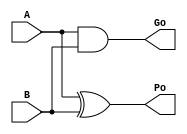
/*----------------------------------------------------------------------------
  Copyright (c) 2004 Aoki laboratory. All rights reserved.

  Top module: han_carlson_32b

  Operand-1 length: 32
  Operand-2 length: 32
  Two-operand addition algorithm: Han-Carlson adder
----------------------------------------------------------------------------*/
// Modifief by: Amir Yazdanbakhsh
`timescale 1ns/1ps
module GPGenerator(Go, Po, A, B);
  output Go;
  output Po;
  input A;
  input B;
  assign Go = A & B;
  assign Po = A ^ B;
endmodule

module CarryOperator(Go, Po, Gi1, Pi1, Gi2, Pi2);
  output Go;
  output Po;
  input Gi1;
  input Gi2;
  input Pi1;
  input Pi2;
  assign Go = Gi1 | ( Gi2 & Pi1 );
  assign Po = Pi1 & Pi2;
endmodule

module UBPriHCA_31_0(S, X, Y, Cin);
  output [32:0] S;
  input Cin;
  input [31:0] X;
  input [31:0] Y;
  wire [31:0] G0;
  wire [31:0] G1;
  wire [31:0] G2;
  wire [31:0] G3;
  wire [31:0] G4;
  wire [31:0] G5;
  wire [31:0] G6;
  wire [31:0] P0;
  wire [31:0] P1;
  wire [31:0] P2;
  wire [31:0] P3;
  wire [31:0] P4;
  wire [31:0] P5;
  wire [31:0] P6;
  assign P1[0] = P0[0];
  assign G1[0] = G0[0];
  assign P1[2] = P0[2];
  assign G1[2] = G0[2];
  assign P1[4] = P0[4];
  assign G1[4] = G0[4];
  assign P1[6] = P0[6];
  assign G1[6] = G0[6];
  assign P1[8] = P0[8];
  assign G1[8] = G0[8];
  assign P1[10] = P0[10];
  assign G1[10] = G0[10];
  assign P1[12] = P0[12];
  assign G1[12] = G0[12];
  assign P1[14] = P0[14];
  assign G1[14] = G0[14];
  assign P1[16] = P0[16];
  assign G1[16] = G0[16];
  assign P1[18] = P0[18];
  assign G1[18] = G0[18];
  assign P1[20] = P0[20];
  assign G1[20] = G0[20];
  assign P1[22] = P0[22];
  assign G1[22] = G0[22];
  assign P1[24] = P0[24];
  assign G1[24] = G0[24];
  assign P1[26] = P0[26];
  assign G1[26] = G0[26];
  assign P1[28] = P0[28];
  assign G1[28] = G0[28];
  assign P1[30] = P0[30];
  assign G1[30] = G0[30];
  assign P2[0] = P1[0];
  assign G2[0] = G1[0];
  assign P2[1] = P1[1];
  assign G2[1] = G1[1];
  assign P2[2] = P1[2];
  assign G2[2] = G1[2];
  assign P2[4] = P1[4];
  assign G2[4] = G1[4];
  assign P2[6] = P1[6];
  assign G2[6] = G1[6];
  assign P2[8] = P1[8];
  assign G2[8] = G1[8];
  assign P2[10] = P1[10];
  assign G2[10] = G1[10];
  assign P2[12] = P1[12];
  assign G2[12] = G1[12];
  assign P2[14] = P1[14];
  assign G2[14] = G1[14];
  assign P2[16] = P1[16];
  assign G2[16] = G1[16];
  assign P2[18] = P1[18];
  assign G2[18] = G1[18];
  assign P2[20] = P1[20];
  assign G2[20] = G1[20];
  assign P2[22] = P1[22];
  assign G2[22] = G1[22];
  assign P2[24] = P1[24];
  assign G2[24] = G1[24];
  assign P2[26] = P1[26];
  assign G2[26] = G1[26];
  assign P2[28] = P1[28];
  assign G2[28] = G1[28];
  assign P2[30] = P1[30];
  assign G2[30] = G1[30];
  assign P3[0] = P2[0];
  assign G3[0] = G2[0];
  assign P3[1] = P2[1];
  assign G3[1] = G2[1];
  assign P3[2] = P2[2];
  assign G3[2] = G2[2];
  assign P3[3] = P2[3];
  assign G3[3] = G2[3];
  assign P3[4] = P2[4];
  assign G3[4] = G2[4];
  assign P3[6] = P2[6];
  assign G3[6] = G2[6];
  assign P3[8] = P2[8];
  assign G3[8] = G2[8];
  assign P3[10] = P2[10];
  assign G3[10] = G2[10];
  assign P3[12] = P2[12];
  assign G3[12] = G2[12];
  assign P3[14] = P2[14];
  assign G3[14] = G2[14];
  assign P3[16] = P2[16];
  assign G3[16] = G2[16];
  assign P3[18] = P2[18];
  assign G3[18] = G2[18];
  assign P3[20] = P2[20];
  assign G3[20] = G2[20];
  assign P3[22] = P2[22];
  assign G3[22] = G2[22];
  assign P3[24] = P2[24];
  assign G3[24] = G2[24];
  assign P3[26] = P2[26];
  assign G3[26] = G2[26];
  assign P3[28] = P2[28];
  assign G3[28] = G2[28];
  assign P3[30] = P2[30];
  assign G3[30] = G2[30];
  assign P4[0] = P3[0];
  assign G4[0] = G3[0];
  assign P4[1] = P3[1];
  assign G4[1] = G3[1];
  assign P4[2] = P3[2];
  assign G4[2] = G3[2];
  assign P4[3] = P3[3];
  assign G4[3] = G3[3];
  assign P4[4] = P3[4];
  assign G4[4] = G3[4];
  assign P4[5] = P3[5];
  assign G4[5] = G3[5];
  assign P4[6] = P3[6];
  assign G4[6] = G3[6];
  assign P4[7] = P3[7];
  assign G4[7] = G3[7];
  assign P4[8] = P3[8];
  assign G4[8] = G3[8];
  assign P4[10] = P3[10];
  assign G4[10] = G3[10];
  assign P4[12] = P3[12];
  assign G4[12] = G3[12];
  assign P4[14] = P3[14];
  assign G4[14] = G3[14];
  assign P4[16] = P3[16];
  assign G4[16] = G3[16];
  assign P4[18] = P3[18];
  assign G4[18] = G3[18];
  assign P4[20] = P3[20];
  assign G4[20] = G3[20];
  assign P4[22] = P3[22];
  assign G4[22] = G3[22];
  assign P4[24] = P3[24];
  assign G4[24] = G3[24];
  assign P4[26] = P3[26];
  assign G4[26] = G3[26];
  assign P4[28] = P3[28];
  assign G4[28] = G3[28];
  assign P4[30] = P3[30];
  assign G4[30] = G3[30];
  assign P5[0] = P4[0];
  assign G5[0] = G4[0];
  assign P5[1] = P4[1];
  assign G5[1] = G4[1];
  assign P5[2] = P4[2];
  assign G5[2] = G4[2];
  assign P5[3] = P4[3];
  assign G5[3] = G4[3];
  assign P5[4] = P4[4];
  assign G5[4] = G4[4];
  assign P5[5] = P4[5];
  assign G5[5] = G4[5];
  assign P5[6] = P4[6];
  assign G5[6] = G4[6];
  assign P5[7] = P4[7];
  assign G5[7] = G4[7];
  assign P5[8] = P4[8];
  assign G5[8] = G4[8];
  assign P5[9] = P4[9];
  assign G5[9] = G4[9];
  assign P5[10] = P4[10];
  assign G5[10] = G4[10];
  assign P5[11] = P4[11];
  assign G5[11] = G4[11];
  assign P5[12] = P4[12];
  assign G5[12] = G4[12];
  assign P5[13] = P4[13];
  assign G5[13] = G4[13];
  assign P5[14] = P4[14];
  assign G5[14] = G4[14];
  assign P5[15] = P4[15];
  assign G5[15] = G4[15];
  assign P5[16] = P4[16];
  assign G5[16] = G4[16];
  assign P5[18] = P4[18];
  assign G5[18] = G4[18];
  assign P5[20] = P4[20];
  assign G5[20] = G4[20];
  assign P5[22] = P4[22];
  assign G5[22] = G4[22];
  assign P5[24] = P4[24];
  assign G5[24] = G4[24];
  assign P5[26] = P4[26];
  assign G5[26] = G4[26];
  assign P5[28] = P4[28];
  assign G5[28] = G4[28];
  assign P5[30] = P4[30];
  assign G5[30] = G4[30];
  assign P6[0] = P5[0];
  assign G6[0] = G5[0];
  assign P6[1] = P5[1];
  assign G6[1] = G5[1];
  assign P6[3] = P5[3];
  assign G6[3] = G5[3];
  assign P6[5] = P5[5];
  assign G6[5] = G5[5];
  assign P6[7] = P5[7];
  assign G6[7] = G5[7];
  assign P6[9] = P5[9];
  assign G6[9] = G5[9];
  assign P6[11] = P5[11];
  assign G6[11] = G5[11];
  assign P6[13] = P5[13];
  assign G6[13] = G5[13];
  assign P6[15] = P5[15];
  assign G6[15] = G5[15];
  assign P6[17] = P5[17];
  assign G6[17] = G5[17];
  assign P6[19] = P5[19];
  assign G6[19] = G5[19];
  assign P6[21] = P5[21];
  assign G6[21] = G5[21];
  assign P6[23] = P5[23];
  assign G6[23] = G5[23];
  assign P6[25] = P5[25];
  assign G6[25] = G5[25];
  assign P6[27] = P5[27];
  assign G6[27] = G5[27];
  assign P6[29] = P5[29];
  assign G6[29] = G5[29];
  assign P6[31] = P5[31];
  assign G6[31] = G5[31];
  assign S[0] = Cin ^ P0[0];
  assign S[1] = ( G6[0] | ( P6[0] & Cin ) ) ^ P0[1];
  assign S[2] = ( G6[1] | ( P6[1] & Cin ) ) ^ P0[2];
  assign S[3] = ( G6[2] | ( P6[2] & Cin ) ) ^ P0[3];
  assign S[4] = ( G6[3] | ( P6[3] & Cin ) ) ^ P0[4];
  assign S[5] = ( G6[4] | ( P6[4] & Cin ) ) ^ P0[5];
  assign S[6] = ( G6[5] | ( P6[5] & Cin ) ) ^ P0[6];
  assign S[7] = ( G6[6] | ( P6[6] & Cin ) ) ^ P0[7];
  assign S[8] = ( G6[7] | ( P6[7] & Cin ) ) ^ P0[8];
  assign S[9] = ( G6[8] | ( P6[8] & Cin ) ) ^ P0[9];
  assign S[10] = ( G6[9] | ( P6[9] & Cin ) ) ^ P0[10];
  assign S[11] = ( G6[10] | ( P6[10] & Cin ) ) ^ P0[11];
  assign S[12] = ( G6[11] | ( P6[11] & Cin ) ) ^ P0[12];
  assign S[13] = ( G6[12] | ( P6[12] & Cin ) ) ^ P0[13];
  assign S[14] = ( G6[13] | ( P6[13] & Cin ) ) ^ P0[14];
  assign S[15] = ( G6[14] | ( P6[14] & Cin ) ) ^ P0[15];
  assign S[16] = ( G6[15] | ( P6[15] & Cin ) ) ^ P0[16];
  assign S[17] = ( G6[16] | ( P6[16] & Cin ) ) ^ P0[17];
  assign S[18] = ( G6[17] | ( P6[17] & Cin ) ) ^ P0[18];
  assign S[19] = ( G6[18] | ( P6[18] & Cin ) ) ^ P0[19];
  assign S[20] = ( G6[19] | ( P6[19] & Cin ) ) ^ P0[20];
  assign S[21] = ( G6[20] | ( P6[20] & Cin ) ) ^ P0[21];
  assign S[22] = ( G6[21] | ( P6[21] & Cin ) ) ^ P0[22];
  assign S[23] = ( G6[22] | ( P6[22] & Cin ) ) ^ P0[23];
  assign S[24] = ( G6[23] | ( P6[23] & Cin ) ) ^ P0[24];
  assign S[25] = ( G6[24] | ( P6[24] & Cin ) ) ^ P0[25];
  assign S[26] = ( G6[25] | ( P6[25] & Cin ) ) ^ P0[26];
  assign S[27] = ( G6[26] | ( P6[26] & Cin ) ) ^ P0[27];
  assign S[28] = ( G6[27] | ( P6[27] & Cin ) ) ^ P0[28];
  assign S[29] = ( G6[28] | ( P6[28] & Cin ) ) ^ P0[29];
  assign S[30] = ( G6[29] | ( P6[29] & Cin ) ) ^ P0[30];
  assign S[31] = ( G6[30] | ( P6[30] & Cin ) ) ^ P0[31];
  assign S[32] = G6[31] | ( P6[31] & Cin );
  GPGenerator U0 (G0[0], P0[0], X[0], Y[0]);
  GPGenerator U1 (G0[1], P0[1], X[1], Y[1]);
  GPGenerator U2 (G0[2], P0[2], X[2], Y[2]);
  GPGenerator U3 (G0[3], P0[3], X[3], Y[3]);
  GPGenerator U4 (G0[4], P0[4], X[4], Y[4]);
  GPGenerator U5 (G0[5], P0[5], X[5], Y[5]);
  GPGenerator U6 (G0[6], P0[6], X[6], Y[6]);
  GPGenerator U7 (G0[7], P0[7], X[7], Y[7]);
  GPGenerator U8 (G0[8], P0[8], X[8], Y[8]);
  GPGenerator U9 (G0[9], P0[9], X[9], Y[9]);
  GPGenerator U10 (G0[10], P0[10], X[10], Y[10]);
  GPGenerator U11 (G0[11], P0[11], X[11], Y[11]);
  GPGenerator U12 (G0[12], P0[12], X[12], Y[12]);
  GPGenerator U13 (G0[13], P0[13], X[13], Y[13]);
  GPGenerator U14 (G0[14], P0[14], X[14], Y[14]);
  GPGenerator U15 (G0[15], P0[15], X[15], Y[15]);
  GPGenerator U16 (G0[16], P0[16], X[16], Y[16]);
  GPGenerator U17 (G0[17], P0[17], X[17], Y[17]);
  GPGenerator U18 (G0[18], P0[18], X[18], Y[18]);
  GPGenerator U19 (G0[19], P0[19], X[19], Y[19]);
  GPGenerator U20 (G0[20], P0[20], X[20], Y[20]);
  GPGenerator U21 (G0[21], P0[21], X[21], Y[21]);
  GPGenerator U22 (G0[22], P0[22], X[22], Y[22]);
  GPGenerator U23 (G0[23], P0[23], X[23], Y[23]);
  GPGenerator U24 (G0[24], P0[24], X[24], Y[24]);
  GPGenerator U25 (G0[25], P0[25], X[25], Y[25]);
  GPGenerator U26 (G0[26], P0[26], X[26], Y[26]);
  GPGenerator U27 (G0[27], P0[27], X[27], Y[27]);
  GPGenerator U28 (G0[28], P0[28], X[28], Y[28]);
  GPGenerator U29 (G0[29], P0[29], X[29], Y[29]);
  GPGenerator U30 (G0[30], P0[30], X[30], Y[30]);
  GPGenerator U31 (G0[31], P0[31], X[31], Y[31]);
  CarryOperator U32 (G1[1], P1[1], G0[1], P0[1], G0[0], P0[0]);
  CarryOperator U33 (G1[3], P1[3], G0[3], P0[3], G0[2], P0[2]);
  CarryOperator U34 (G1[5], P1[5], G0[5], P0[5], G0[4], P0[4]);
  CarryOperator U35 (G1[7], P1[7], G0[7], P0[7], G0[6], P0[6]);
  CarryOperator U36 (G1[9], P1[9], G0[9], P0[9], G0[8], P0[8]);
  CarryOperator U37 (G1[11], P1[11], G0[11], P0[11], G0[10], P0[10]);
  CarryOperator U38 (G1[13], P1[13], G0[13], P0[13], G0[12], P0[12]);
  CarryOperator U39 (G1[15], P1[15], G0[15], P0[15], G0[14], P0[14]);
  CarryOperator U40 (G1[17], P1[17], G0[17], P0[17], G0[16], P0[16]);
  CarryOperator U41 (G1[19], P1[19], G0[19], P0[19], G0[18], P0[18]);
  CarryOperator U42 (G1[21], P1[21], G0[21], P0[21], G0[20], P0[20]);
  CarryOperator U43 (G1[23], P1[23], G0[23], P0[23], G0[22], P0[22]);
  CarryOperator U44 (G1[25], P1[25], G0[25], P0[25], G0[24], P0[24]);
  CarryOperator U45 (G1[27], P1[27], G0[27], P0[27], G0[26], P0[26]);
  CarryOperator U46 (G1[29], P1[29], G0[29], P0[29], G0[28], P0[28]);
  CarryOperator U47 (G1[31], P1[31], G0[31], P0[31], G0[30], P0[30]);
  CarryOperator U48 (G2[3], P2[3], G1[3], P1[3], G1[1], P1[1]);
  CarryOperator U49 (G2[5], P2[5], G1[5], P1[5], G1[3], P1[3]);
  CarryOperator U50 (G2[7], P2[7], G1[7], P1[7], G1[5], P1[5]);
  CarryOperator U51 (G2[9], P2[9], G1[9], P1[9], G1[7], P1[7]);
  CarryOperator U52 (G2[11], P2[11], G1[11], P1[11], G1[9], P1[9]);
  CarryOperator U53 (G2[13], P2[13], G1[13], P1[13], G1[11], P1[11]);
  CarryOperator U54 (G2[15], P2[15], G1[15], P1[15], G1[13], P1[13]);
  CarryOperator U55 (G2[17], P2[17], G1[17], P1[17], G1[15], P1[15]);
  CarryOperator U56 (G2[19], P2[19], G1[19], P1[19], G1[17], P1[17]);
  CarryOperator U57 (G2[21], P2[21], G1[21], P1[21], G1[19], P1[19]);
  CarryOperator U58 (G2[23], P2[23], G1[23], P1[23], G1[21], P1[21]);
  CarryOperator U59 (G2[25], P2[25], G1[25], P1[25], G1[23], P1[23]);
  CarryOperator U60 (G2[27], P2[27], G1[27], P1[27], G1[25], P1[25]);
  CarryOperator U61 (G2[29], P2[29], G1[29], P1[29], G1[27], P1[27]);
  CarryOperator U62 (G2[31], P2[31], G1[31], P1[31], G1[29], P1[29]);
  CarryOperator U63 (G3[5], P3[5], G2[5], P2[5], G2[1], P2[1]);
  CarryOperator U64 (G3[7], P3[7], G2[7], P2[7], G2[3], P2[3]);
  CarryOperator U65 (G3[9], P3[9], G2[9], P2[9], G2[5], P2[5]);
  CarryOperator U66 (G3[11], P3[11], G2[11], P2[11], G2[7], P2[7]);
  CarryOperator U67 (G3[13], P3[13], G2[13], P2[13], G2[9], P2[9]);
  CarryOperator U68 (G3[15], P3[15], G2[15], P2[15], G2[11], P2[11]);
  CarryOperator U69 (G3[17], P3[17], G2[17], P2[17], G2[13], P2[13]);
  CarryOperator U70 (G3[19], P3[19], G2[19], P2[19], G2[15], P2[15]);
  CarryOperator U71 (G3[21], P3[21], G2[21], P2[21], G2[17], P2[17]);
  CarryOperator U72 (G3[23], P3[23], G2[23], P2[23], G2[19], P2[19]);
  CarryOperator U73 (G3[25], P3[25], G2[25], P2[25], G2[21], P2[21]);
  CarryOperator U74 (G3[27], P3[27], G2[27], P2[27], G2[23], P2[23]);
  CarryOperator U75 (G3[29], P3[29], G2[29], P2[29], G2[25], P2[25]);
  CarryOperator U76 (G3[31], P3[31], G2[31], P2[31], G2[27], P2[27]);
  CarryOperator U77 (G4[9], P4[9], G3[9], P3[9], G3[1], P3[1]);
  CarryOperator U78 (G4[11], P4[11], G3[11], P3[11], G3[3], P3[3]);
  CarryOperator U79 (G4[13], P4[13], G3[13], P3[13], G3[5], P3[5]);
  CarryOperator U80 (G4[15], P4[15], G3[15], P3[15], G3[7], P3[7]);
  CarryOperator U81 (G4[17], P4[17], G3[17], P3[17], G3[9], P3[9]);
  CarryOperator U82 (G4[19], P4[19], G3[19], P3[19], G3[11], P3[11]);
  CarryOperator U83 (G4[21], P4[21], G3[21], P3[21], G3[13], P3[13]);
  CarryOperator U84 (G4[23], P4[23], G3[23], P3[23], G3[15], P3[15]);
  CarryOperator U85 (G4[25], P4[25], G3[25], P3[25], G3[17], P3[17]);
  CarryOperator U86 (G4[27], P4[27], G3[27], P3[27], G3[19], P3[19]);
  CarryOperator U87 (G4[29], P4[29], G3[29], P3[29], G3[21], P3[21]);
  CarryOperator U88 (G4[31], P4[31], G3[31], P3[31], G3[23], P3[23]);
  CarryOperator U89 (G5[17], P5[17], G4[17], P4[17], G4[1], P4[1]);
  CarryOperator U90 (G5[19], P5[19], G4[19], P4[19], G4[3], P4[3]);
  CarryOperator U91 (G5[21], P5[21], G4[21], P4[21], G4[5], P4[5]);
  CarryOperator U92 (G5[23], P5[23], G4[23], P4[23], G4[7], P4[7]);
  CarryOperator U93 (G5[25], P5[25], G4[25], P4[25], G4[9], P4[9]);
  CarryOperator U94 (G5[27], P5[27], G4[27], P4[27], G4[11], P4[11]);
  CarryOperator U95 (G5[29], P5[29], G4[29], P4[29], G4[13], P4[13]);
  CarryOperator U96 (G5[31], P5[31], G4[31], P4[31], G4[15], P4[15]);
  CarryOperator U97 (G6[2], P6[2], G5[2], P5[2], G5[1], P5[1]);
  CarryOperator U98 (G6[4], P6[4], G5[4], P5[4], G5[3], P5[3]);
  CarryOperator U99 (G6[6], P6[6], G5[6], P5[6], G5[5], P5[5]);
  CarryOperator U100 (G6[8], P6[8], G5[8], P5[8], G5[7], P5[7]);
  CarryOperator U101 (G6[10], P6[10], G5[10], P5[10], G5[9], P5[9]);
  CarryOperator U102 (G6[12], P6[12], G5[12], P5[12], G5[11], P5[11]);
  CarryOperator U103 (G6[14], P6[14], G5[14], P5[14], G5[13], P5[13]);
  CarryOperator U104 (G6[16], P6[16], G5[16], P5[16], G5[15], P5[15]);
  CarryOperator U105 (G6[18], P6[18], G5[18], P5[18], G5[17], P5[17]);
  CarryOperator U106 (G6[20], P6[20], G5[20], P5[20], G5[19], P5[19]);
  CarryOperator U107 (G6[22], P6[22], G5[22], P5[22], G5[21], P5[21]);
  CarryOperator U108 (G6[24], P6[24], G5[24], P5[24], G5[23], P5[23]);
  CarryOperator U109 (G6[26], P6[26], G5[26], P5[26], G5[25], P5[25]);
  CarryOperator U110 (G6[28], P6[28], G5[28], P5[28], G5[27], P5[27]);
  CarryOperator U111 (G6[30], P6[30], G5[30], P5[30], G5[29], P5[29]);
endmodule

module UBZero_0_0(O);
  output [0:0] O;
  assign O[0] = 0;
endmodule

module han_carlson_32b (S, X, Y, clk, rst);
  output [32:0] S;
  input [31:0] X;
  input [31:0] Y;
    input rst, clk;


  wire  [32:0]    S_wire;
  reg   [32:0]    S_reg;
  reg   [31:0]    X_reg;
  reg   [31:0]    Y_reg;
  
  assign S = S_reg;

  always @(posedge clk)
  begin
    if(rst)
    begin
      X_reg <= 0;
      Y_reg <= 0;
      S_reg <= 0;
    end
    else
    begin
      X_reg <= X;
      Y_reg <= Y;
      S_reg <= S_wire;
    end
  end
  
  UBPureHCA_31_0 U0 (S[32:0], X[31:0], Y[31:0]);
endmodule

module UBPureHCA_31_0 (S, X, Y);
  output [32:0] S;
  input [31:0] X;
  input [31:0] Y;
  wire C;
  UBPriHCA_31_0 U0 (S, X, Y, C);
  UBZero_0_0 U1 (C);
endmodule